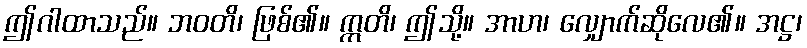
ဤဂါထာသည်။ ဘဝတိ၊ ဖြစ်၏။ ဣတိ၊ ဤသို့။ အာဟ၊ လျှောက်ဆိုလေ၏။ အဋ္ဌ၊